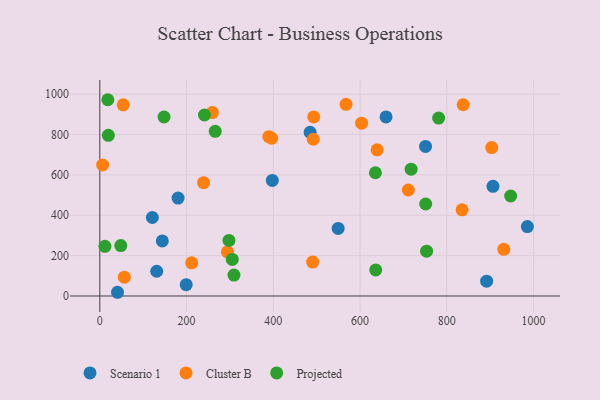
{"axis": {"x": "Study Hours", "y": "Salary"}, "legend": ["Cluster B", "Projected", "Scenario 1"], "data": [{"x": "549.5", "y": 334.9, "type": "Scenario 1"}, {"x": "484.9", "y": 810.8, "type": "Scenario 1"}, {"x": "906.4", "y": 543.2, "type": "Scenario 1"}, {"x": "144.1", "y": 273.1, "type": "Scenario 1"}, {"x": "121.1", "y": 388.9, "type": "Scenario 1"}, {"x": "40.8", "y": 18.4, "type": "Scenario 1"}, {"x": "750.9", "y": 741.0, "type": "Scenario 1"}, {"x": "131.2", "y": 122.6, "type": "Scenario 1"}, {"x": "199.2", "y": 56.0, "type": "Scenario 1"}, {"x": "180.4", "y": 485.0, "type": "Scenario 1"}, {"x": "985.7", "y": 344.0, "type": "Scenario 1"}, {"x": "659.9", "y": 887.4, "type": "Scenario 1"}, {"x": "397.7", "y": 572.8, "type": "Scenario 1"}, {"x": "891.8", "y": 73.2, "type": "Scenario 1"}, {"x": "239.2", "y": 561.3, "type": "Cluster B"}, {"x": "389.7", "y": 789.5, "type": "Cluster B"}, {"x": "54.0", "y": 947.3, "type": "Cluster B"}, {"x": "211.8", "y": 164.2, "type": "Cluster B"}, {"x": "837.6", "y": 947.6, "type": "Cluster B"}, {"x": "931.3", "y": 231.2, "type": "Cluster B"}, {"x": "603.5", "y": 856.6, "type": "Cluster B"}, {"x": "490.7", "y": 168.0, "type": "Cluster B"}, {"x": "835.1", "y": 426.8, "type": "Cluster B"}, {"x": "711.3", "y": 525.2, "type": "Cluster B"}, {"x": "294.1", "y": 218.2, "type": "Cluster B"}, {"x": "396.3", "y": 781.7, "type": "Cluster B"}, {"x": "639.3", "y": 724.2, "type": "Cluster B"}, {"x": "493.2", "y": 887.3, "type": "Cluster B"}, {"x": "903.6", "y": 735.3, "type": "Cluster B"}, {"x": "492.1", "y": 776.8, "type": "Cluster B"}, {"x": "567.7", "y": 949.8, "type": "Cluster B"}, {"x": "259.5", "y": 909.0, "type": "Cluster B"}, {"x": "56.5", "y": 93.3, "type": "Cluster B"}, {"x": "6.5", "y": 649.1, "type": "Cluster B"}, {"x": "266.1", "y": 816.0, "type": "Projected"}, {"x": "297.7", "y": 275.3, "type": "Projected"}, {"x": "305.4", "y": 181.0, "type": "Projected"}, {"x": "947.2", "y": 495.4, "type": "Projected"}, {"x": "48.4", "y": 249.6, "type": "Projected"}, {"x": "751.3", "y": 455.9, "type": "Projected"}, {"x": "717.7", "y": 628.2, "type": "Projected"}, {"x": "781.1", "y": 881.8, "type": "Projected"}, {"x": "241.3", "y": 896.8, "type": "Projected"}, {"x": "11.8", "y": 245.9, "type": "Projected"}, {"x": "309.3", "y": 103.8, "type": "Projected"}, {"x": "753.4", "y": 221.9, "type": "Projected"}, {"x": "636.1", "y": 129.3, "type": "Projected"}, {"x": "635.4", "y": 610.8, "type": "Projected"}, {"x": "18.5", "y": 972.6, "type": "Projected"}, {"x": "148.1", "y": 886.9, "type": "Projected"}, {"x": "19.7", "y": 796.2, "type": "Projected"}]}